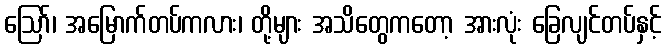
ဩော်၊ အမြောက်တပ်ကလား၊ တို့များ အသိတွေကတော့ အားလုံး ခြေလျင်တပ်နှင့်